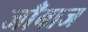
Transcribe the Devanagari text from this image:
जाँबाज